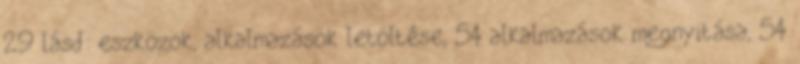
29 lásd: eszközök, alkalmazások letöltése, 54 alkalmazások megnyitása, 54